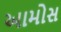
આમોસ